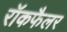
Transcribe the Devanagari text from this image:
रॉकफैलर